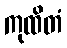
ကုထိတံ